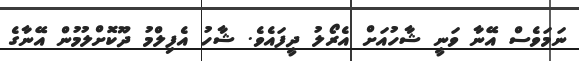
ނަމަވެސް އޭނާ ވަނީ ޝާހުއަށް އެރޯލު ދީފައެވެ. ޝާހު އެފިލްމު ދޫކޮށްލުމުން އޭނާގެ